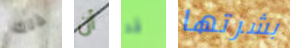
ذلك أن قد بشرتها